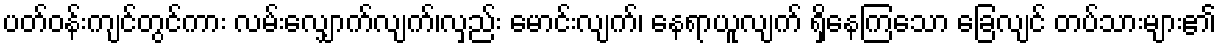
ပတ်ဝန်းကျင်တွင်ကား လမ်းလျှောက်လျက်၊လှည်း မောင်းလျက်၊ နေရာယူလျက် ရှိနေကြသော ခြေလျင် တပ်သားများ၏